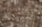
تقبيله